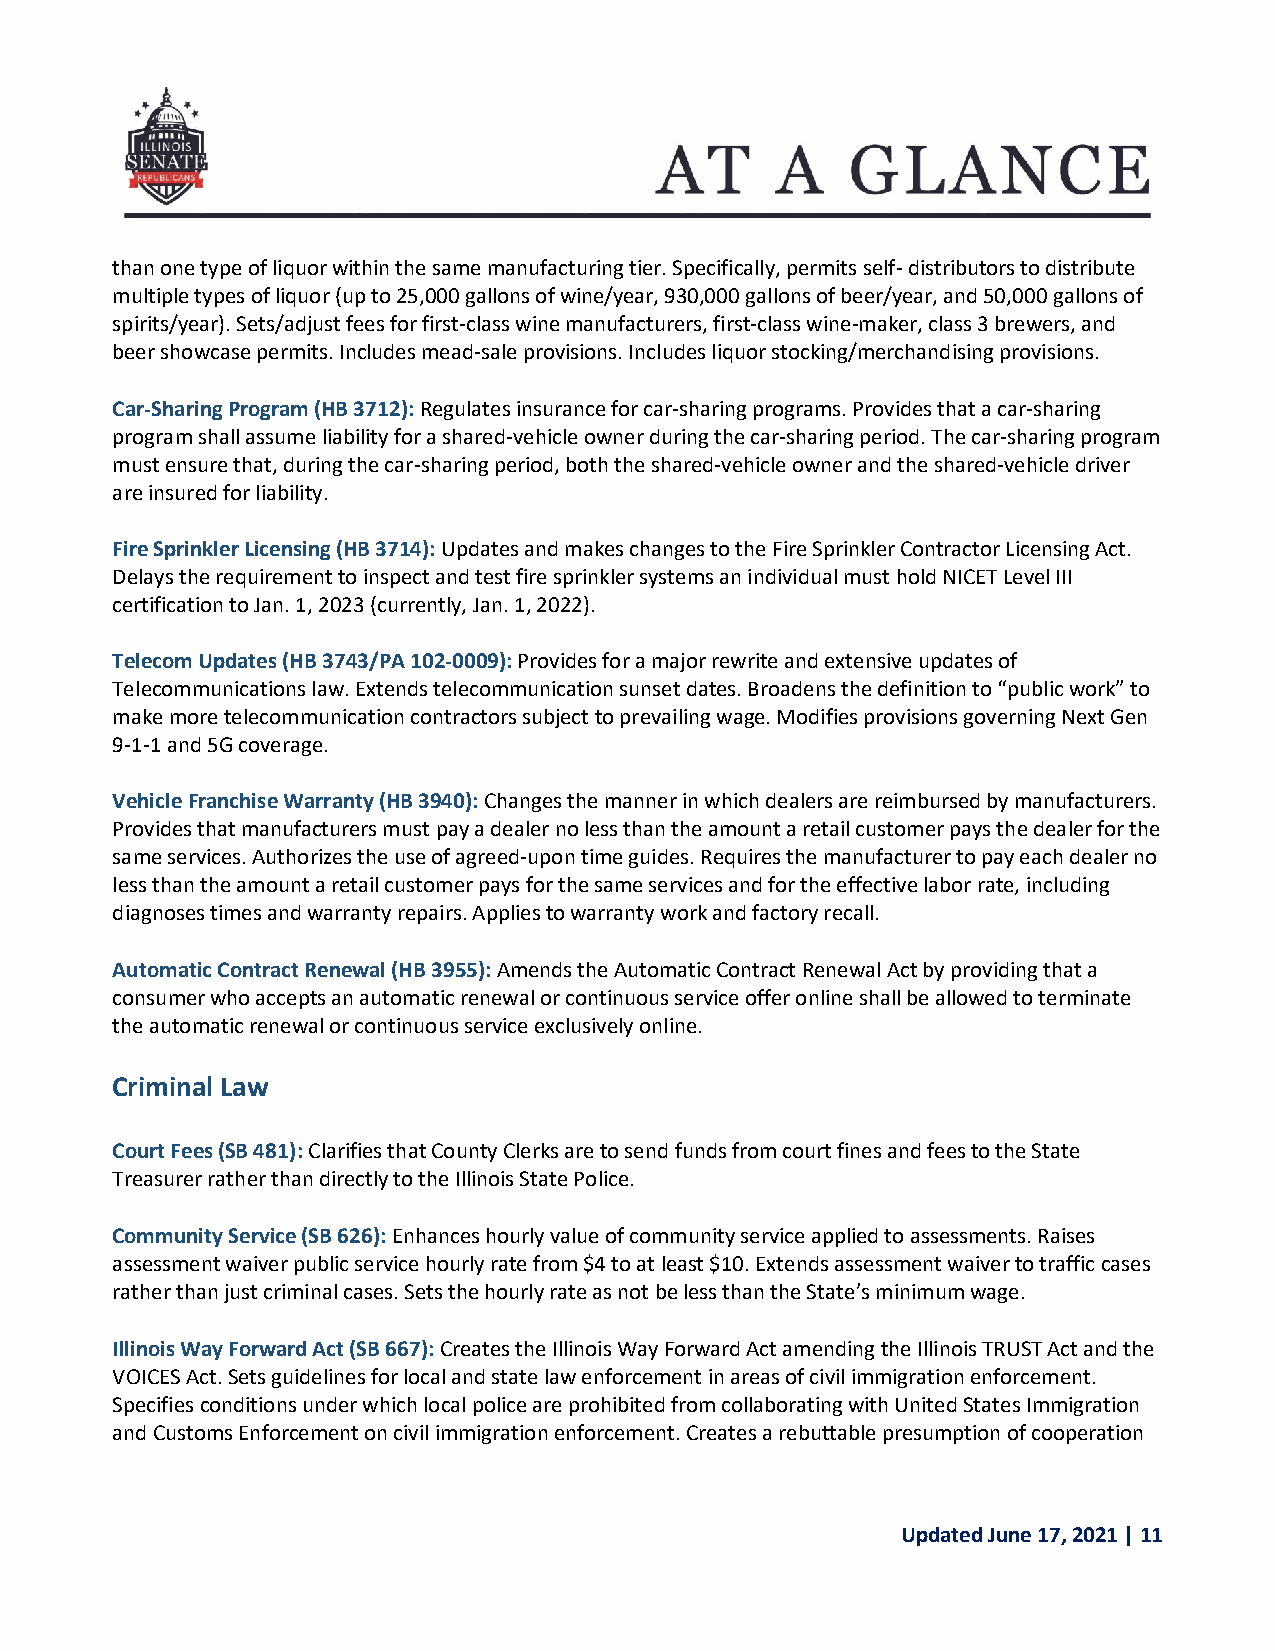
than one type of liquor within the same manufacturing tier. Specifically, permits self- distributors to distribute
 multiple types of liquor (up to 25,000 gallons of wine/year, 930,000 gallons of beer/year, and 50,000 gallons of
 spirits/year). Sets/adjust fees for first-class wine manufacturers, first-class wine-maker, class 3 brewers, and
 beer showcase permits. Includes mead-sale provisions. Includes liquor stocking/merchandising provisions.
 Car-Sharing Program (HB 3712): Regulates insurance for car-sharing programs. Provides that a car-sharing
 program shall assume liability for a shared-vehicle owner during the car-sharing period. The car-sharing program
 must ensure that, during the car-sharing period, both the shared-vehicle owner and the shared-vehicle driver
 are insured for liability.
 Fire Sprinkler Licensing (HB 3714): Updates and makes changes to the Fire Sprinkler Contractor Licensing Act.
 Delays the requirement to inspect and test fire sprinkler systems an individual must hold NICET Level III
 certification to Jan. 1, 2023 (currently, Jan. 1, 2022).
 Telecom Updates (HB 3743/PA 102-0009): Provides for a major rewrite and extensive updates of
 Telecommunications law. Extends telecommunication sunset dates. Broadens the definition to “public work” to
 make more telecommunication contractors subject to prevailing wage. Modifies provisions governing Next Gen
 9-1-1 and 5G coverage.
 Vehicle Franchise Warranty (HB 3940): Changes the manner in which dealers are reimbursed by manufacturers.
 Provides that manufacturers must pay a dealer no less than the amount a retail customer pays the dealer for the
 same services. Authorizes the use of agreed-upon time guides. Requires the manufacturer to pay each dealer no
 less than the amount a retail customer pays for the same services and for the effective labor rate, including
 diagnoses times and warranty repairs. Applies to warranty work and factory recall.
 Automatic Contract Renewal (HB 3955): Amends the Automatic Contract Renewal Act by providing that a
 consumer who accepts an automatic renewal or continuous service offer online shall be allowed to terminate
 the automatic renewal or continuous service exclusively online.
 Criminal Law
 Court Fees (SB 481): Clarifies that County Clerks are to send funds from court fines and fees to the State
 Treasurer rather than directly to the Illinois State Police.
 Community Service (SB 626): Enhances hourly value of community service applied to assessments. Raises
 assessment waiver public service hourly rate from $4 to at least $10. Extends assessment waiver to traffic cases
 rather than just criminal cases. Sets the hourly rate as not be less than the State’s minimum wage.
 Illinois Way Forward Act (SB 667): Creates the Illinois Way Forward Act amending the Illinois TRUST Act and the
 VOICES Act. Sets guidelines for local and state law enforcement in areas of civil immigration enforcement.
 Specifies conditions under which local police are prohibited from collaborating with United States Immigration
 and Customs Enforcement on civil immigration enforcement. Creates a rebuttable presumption of cooperation
 Updated June 17, 2021 | 11